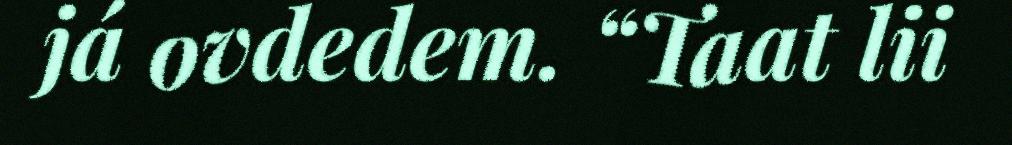
já ovdedem. “Taat lii